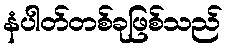
နံပါတ်တစ်ခုဖြစ်သည်